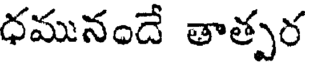
ధమునందే తాత్పర